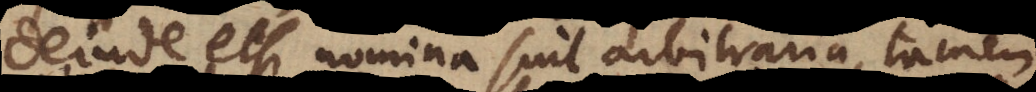
deinde etsi nomina sint arbitraria, t